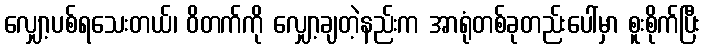
လျှော့ပစ်ရသေးတယ်၊ ဝိတက်ကို လျှော့ချတဲ့နည်းက အာရုံတစ်ခုတည်းပေါ်မှာ စူးစိုက်ပြီး